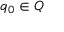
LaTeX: q _ { 0 } \in Q